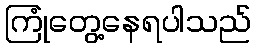
ကြုံတွေ့နေရပါသည်